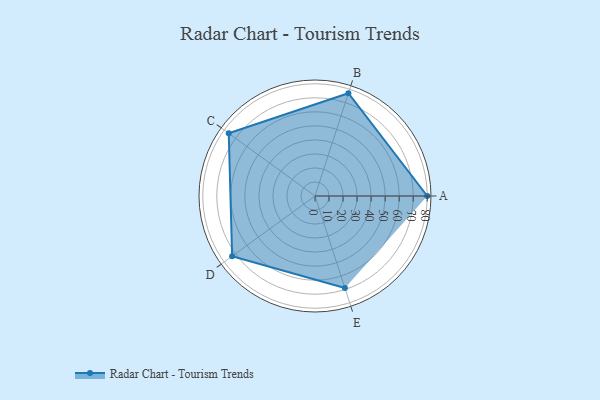
{"axis": {"x": "Skill", "y": "Score"}, "legend": ["Profile"], "data": [{"x": "A", "y": 80.0, "type": "Profile"}, {"x": "B", "y": 77.0, "type": "Profile"}, {"x": "C", "y": 76.0, "type": "Profile"}, {"x": "D", "y": 73.0, "type": "Profile"}, {"x": "E", "y": 69.0, "type": "Profile"}]}